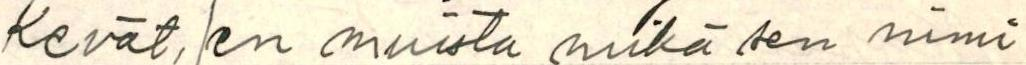
Kevät, (en muista mikä sen nimi